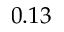
0 . 1 3